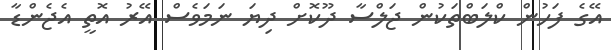
އޭގެ ފަހުން ކްލަބްތަކުން ޖަލްސާ ދޫކޮށް ދިޔަ ނަމަވެސް އޭރު އޮތީ އެޖެންޑާ